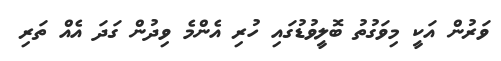
ވަރުން އަކީ މިވަގުތު ބޮލީވުޑުގައި ހުރި އެންމެ ވިދުން ގަދަ އެއް ތަރި